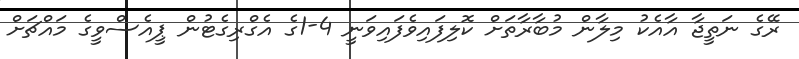
ރޭގެ ނަތީޖާ އާއެކު މިލާން މުބާރާތަށް ކޮލިފައިވެފައިވަނީ 4-1ގެ އެގްރިގެޓުން ޕީއެސްވީގެ މައްޗަށް